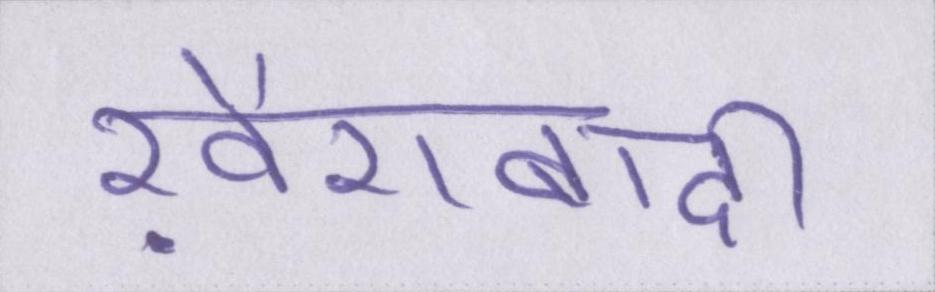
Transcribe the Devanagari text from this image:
ख़ैराबादी